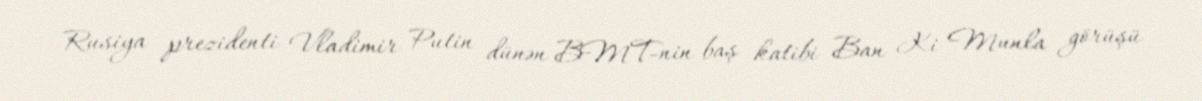
Rusiya prezidenti Vladimir Putin dünən BMT-nin baş katibi Ban Ki Munla görüşü